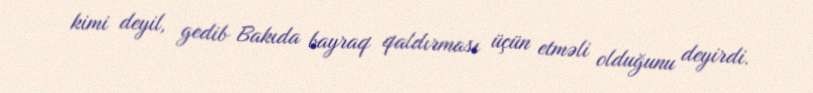
kimi deyil, gedib Bakıda bayraq qaldırması üçün etməli olduğunu deyirdi.